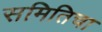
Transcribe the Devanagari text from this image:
समितिचा